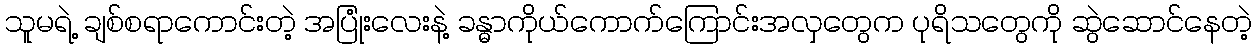
သူမရဲ့ ချစ်စရာကောင်းတဲ့ အပြုံးလေးနဲ့ ခန္ဓာကိုယ်ကောက်ကြောင်းအလှတွေက ပုရိသတွေကို ဆွဲဆောင်နေတဲ့